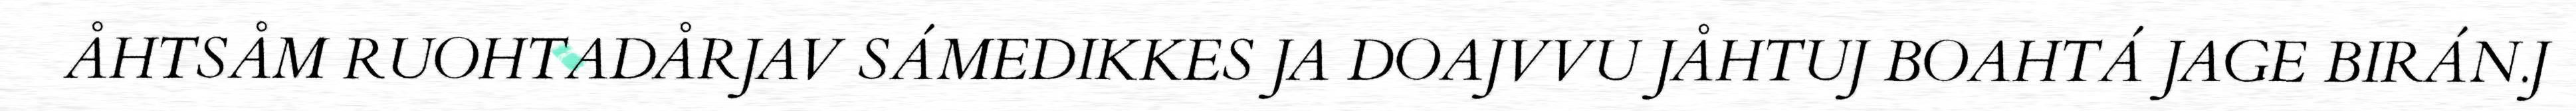
ÅHTSÅM RUOHTADÅRJAV SÁMEDIKKES JA DOAJVVU JÅHTUJ BOAHTÁ JAGE BIRÁN.J